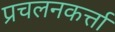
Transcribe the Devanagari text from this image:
प्रचलनकर्त्ता